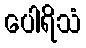
ပေါရိသံ